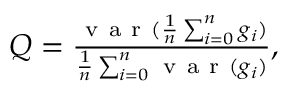
\begin{array} { r } { Q = \frac { \mathrm { ~ v ~ a ~ r ~ } ( \frac { 1 } { n } \sum _ { i = 0 } ^ { n } g _ { i } ) } { \frac { 1 } { n } \sum _ { i = 0 } ^ { n } \mathrm { ~ v ~ a ~ r ~ } ( g _ { i } ) } , } \end{array}